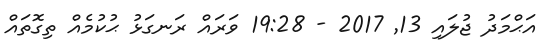
އަޙްމަދު ޖުލައި 13